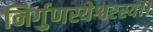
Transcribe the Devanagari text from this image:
निर्गुणस्येश्वरस्य।।